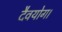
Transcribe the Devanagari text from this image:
दैवयोग।